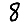
Digit: 8